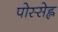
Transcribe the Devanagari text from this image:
पोस्सेह्ल